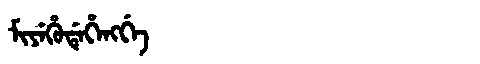
Manchu: ᠮᡳᠶᡝᡥᡠᡩᡝᡥᡝᠩᡤᡝ
Romanization: MIYEHUDEHENGGE